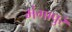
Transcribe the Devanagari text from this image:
मंगापुरं